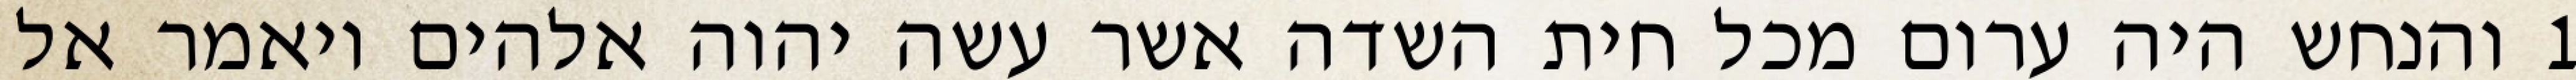
1 והנחש היה ערום מכל חית השדה אשר עשה יהוה אלהים ויאמר אל